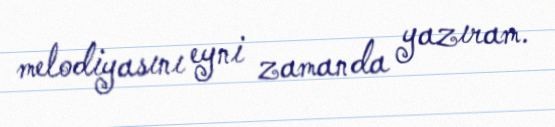
melodiyasını eyni zamanda yazıram.